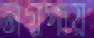
নগ্নপায়